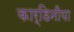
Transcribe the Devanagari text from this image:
कार्डिनीया